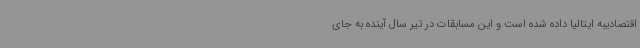
اقتصادیبه ایتالیا داده شده است و این مسابقات در تیر سال آینده به جای